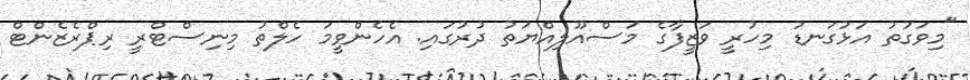
"މިވަގުތު އަޅުގަނޑު މިހުރީ ވަޒީފާގެ މަސްއޫލިއްޔަތު ދުރުގައި. އެހެންވީމަ ހެލްތު މިނިސްޓްރީ ރިޕްރެޒެންޓް